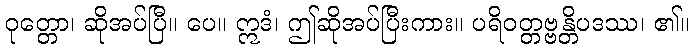
ဝုတ္တော၊ ဆိုအပ်ပြီ။ ပေ။ ဣဒံ၊ ဤဆိုအပ်ပြီးကား။ ပရိဝတ္တဗ္ဗန္တိပဒဿ၊ ၏။